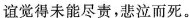
谊觉得未能尽情,悲泣而死。